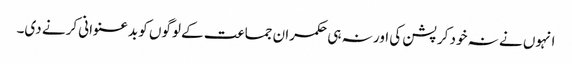
انہوں نے نہ خود کرپشن کی اور نہ ہی حکمران جماعت کے لوگوں کو بدعنوانی کرنے دی۔